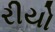
રીયો